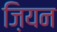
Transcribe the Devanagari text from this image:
ज़ियन